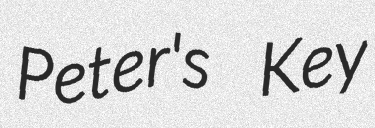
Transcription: Peter's Key